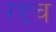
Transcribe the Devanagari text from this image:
रद्दच